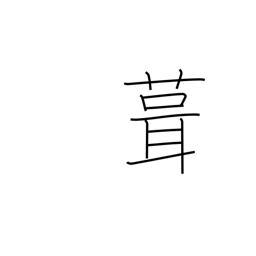
Meaning: shingle